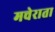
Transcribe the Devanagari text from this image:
मचेराता